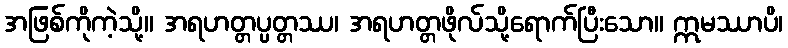
အဖြစ်ကိုကဲ့သို့။ အရဟတ္တပ္ပတ္တဿ၊ အရဟတ္တဖိုလ်သို့ရောက်ပြီးသော။ ဣမဿာပိ၊